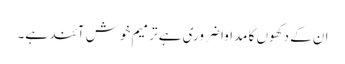
ان کے دکھوں کا مداوا ضروری ہے ترمیم خوش آئند ہے۔